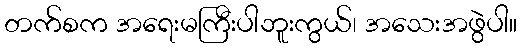
တက်စက အရေးမကြီးပါဘူးကွယ်၊ အသေးအဖွဲပါ။